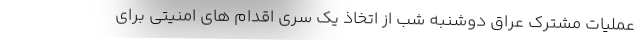
عملیات مشترک عراق دوشنبه شب از اتخاذ یک سری اقدام های امنیتی برای